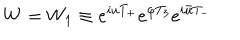
W = W _ { 1 } \equiv e ^ { i u T _ { + } } e ^ { \varphi T _ { 3 } } e ^ { i \bar { u } T _ { - } }